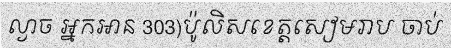
ល្ងាច អ្នកអាន 303)ប៉ូលិសខេត្តសៀមរាប ចាប់